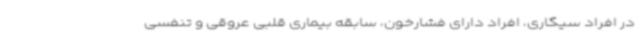
در افراد سیگاری، افراد دارای فشارخون، سابقه بیماری قلبی عروقی و تنفسی